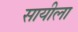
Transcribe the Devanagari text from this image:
सायीला